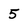
Character: 5